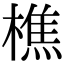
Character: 樵